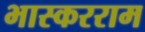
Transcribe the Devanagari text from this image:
भास्करराम